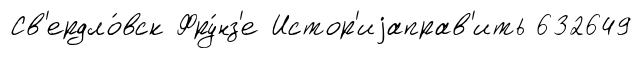
Св'ердло́вск Фру́нз'е Истор'иjаправ'ить 632649